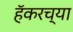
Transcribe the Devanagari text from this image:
हॅकरच्या